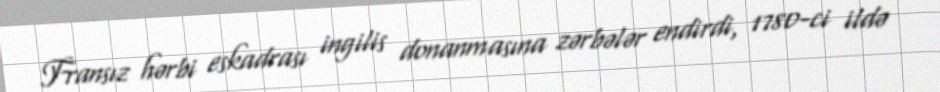
Fransız hərbi eskadrası ingilis donanmasına zərbələr endirdi, 1780-ci ildə